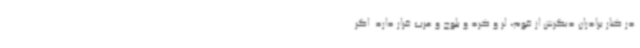
در کنار برادران دیگرش از قوم، لر و کرد و بلوچ و عرب قرار دارد. اگر